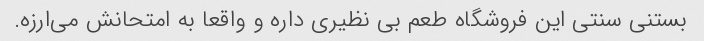
بستنی سنتی این فروشگاه طعم بی نظیری داره و واقعا به امتحانش می‌ارزه.